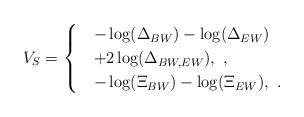
LaTeX: \begin{align*}V_{S}=\begin{cases}&-\log(\Delta_{BW})-\log(\Delta_{EW})\\&+2\log(\Delta_{BW,EW}),~,\\&-\log(\Xi_{BW})-\log(\Xi_{EW}),~.\end{cases}\end{align*}